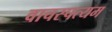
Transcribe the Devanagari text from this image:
वाचस्पत्यम